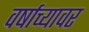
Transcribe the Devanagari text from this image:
वर्षाच्यावर